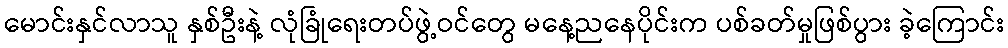
မောင်းနှင်လာသူ နှစ်ဦးနဲ့ လုံခြုံရေးတပ်ဖွဲ့ဝင်တွေ မနေ့ညနေပိုင်းက ပစ်ခတ်မှုဖြစ်ပွား ခဲ့ကြောင်း